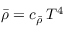
\bar { \rho } = c _ { \bar { \rho } } \, T ^ { 4 }